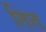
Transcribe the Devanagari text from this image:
तित